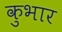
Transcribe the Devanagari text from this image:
कुभार